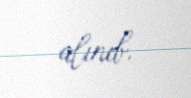
alınıb.